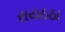
રાયઠઠા